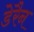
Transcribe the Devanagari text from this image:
डेरैन